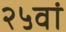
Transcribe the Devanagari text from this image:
२५वां